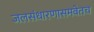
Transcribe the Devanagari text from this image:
जलसंधारणासमवेतच